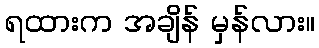
ရထားက အချိန် မှန်လား။